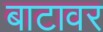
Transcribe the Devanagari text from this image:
बाटावर